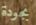
بجودة